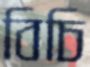
বিচি